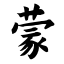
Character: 蒙